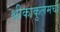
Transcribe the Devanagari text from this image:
श्रीकाकुलमची